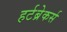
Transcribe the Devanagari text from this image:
हर्टब्रेकर्स